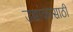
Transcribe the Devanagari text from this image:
उच्चांकासाठी